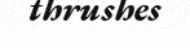
thrushes